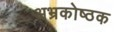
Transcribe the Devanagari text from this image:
अभ्रकोष्ठक